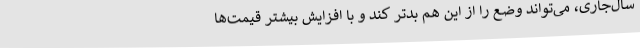
سال‌جاری، می‌تواند وضع را از این هم بدتر کند و با افزایش بیشتر قیمت‌ها